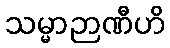
သမ္မာဉာဏီဟိ